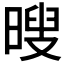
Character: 𮲦